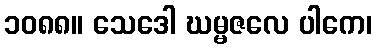
၁၀၈၈။ သေဒေါ ဃမ္မဇလေ ပါကေ၊